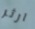
ارثر